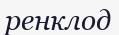
ренклод